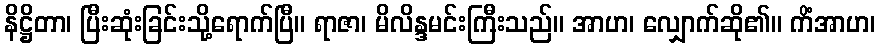
နိဋ္ဌိတာ၊ ပြီးဆုံးခြင်းသို့ရောက်ပြီ။ ရာဇာ၊ မိလိန္ဒမင်းကြီးသည်။ အာဟ၊ လျှောက်ဆို၏။ ကိံအာဟ၊